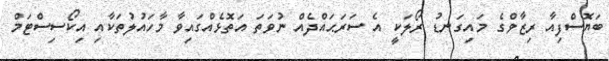
ބަޔޮސްފިއާ ރިޒާވްގެ މައިގަނޑު ރޯލަކީ އެ ސަރަޙައްދެއް ނުވަތަ އަތޮޅެއްގައިވާ މާހައުލުތަކާއި އިކޯސިސްޓަމް